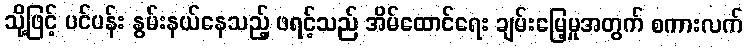
သို့ဖြင့် ပင်ပန်း နွမ်းနယ်နေသည့် ဖရင့်သည် အိမ်ထောင်ရေး ချမ်းမြေ့မှုအတွက် စကားလက်